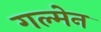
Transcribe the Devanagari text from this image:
गल्मेन